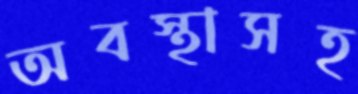
অবস্থাসহ